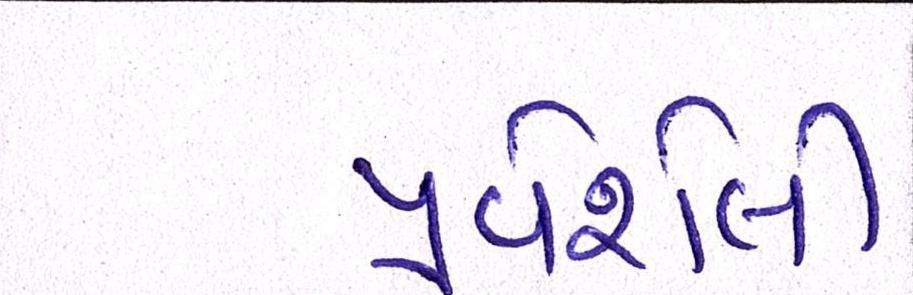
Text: પ્રવેશેલી